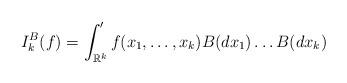
LaTeX: \begin{align*}I_k^B(f)=\int_{\mathbb{R}^k}' f(x_1,\ldots,x_k) B(dx_1) \ldots B (dx_k)\end{align*}